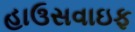
હાઉસવાઇફ